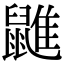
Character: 䶆